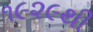
૧૯૨૯થી